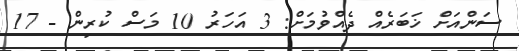
ސަންއަށް ޚަބަރެއް ދެއްވުމަށް: 3 އަހަރު 10 މަސް ކުރިން - 17